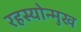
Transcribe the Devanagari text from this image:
रहस्योन्मुख